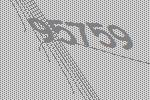
95759